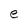
Character: e